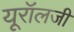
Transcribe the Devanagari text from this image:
यूरॉलजी